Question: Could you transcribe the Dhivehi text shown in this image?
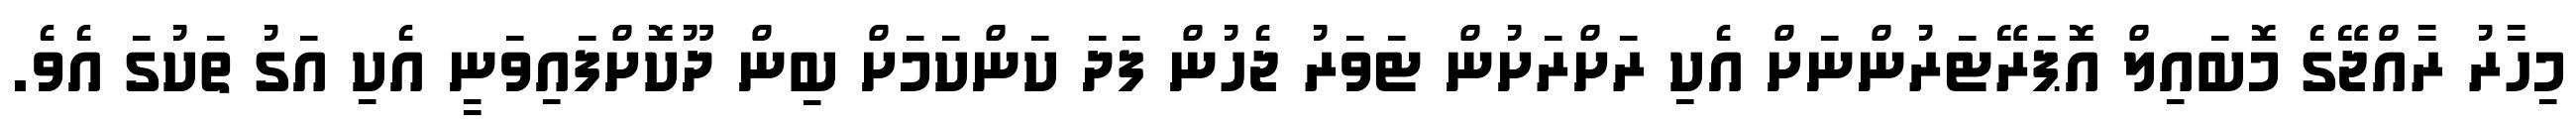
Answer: މިހާރު ރާއްޖޭގެ މޮބައިލް އޮޕަރޭޓަރުންނަށް އެކި ރަށްރަށުން ޓަވަރު ޖެހުން ފަދަ ކަންކަމަށް ބިން ދޫކޮށްފައިވަނީ އެކި އަގު ތަކުގަ އެވެ.